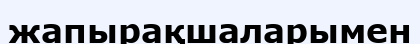
жапырақшаларымен